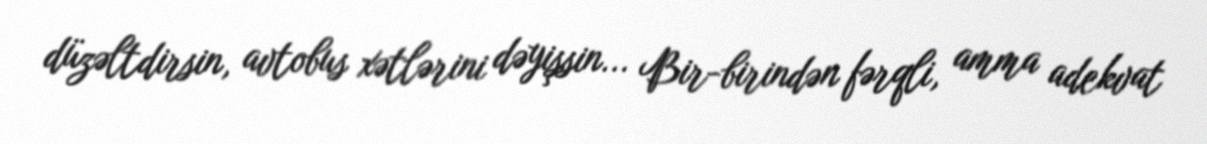
düzəltdirsin, avtobus xətlərini dəyişsin... Bir-birindən fərqli, amma adekvat